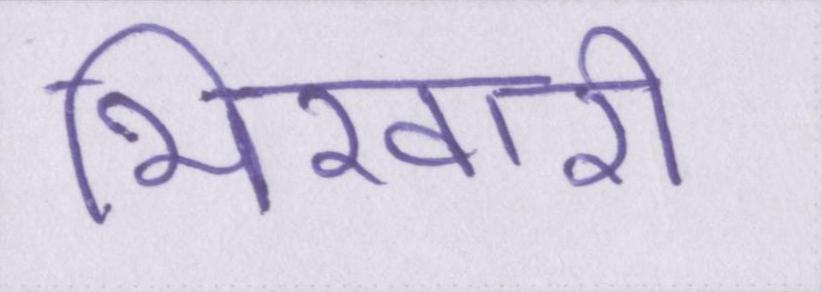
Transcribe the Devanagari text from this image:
भिखारी